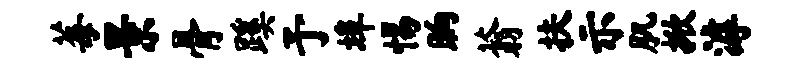
莓景骨蹊予埠惕晌蓊扶示肌掀滹